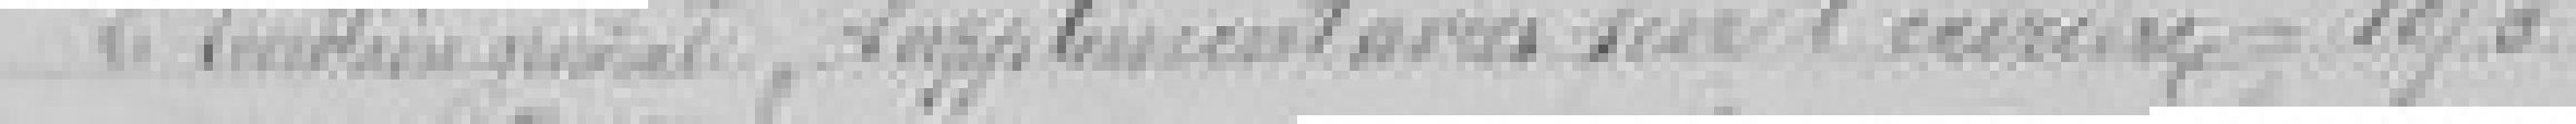
le secrétaire général          supplémentaires sur l'année 1875